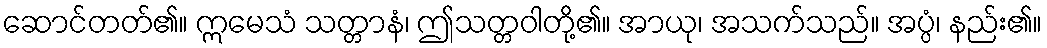
ဆောင်တတ်၏။ ဣမေသံ သတ္တာနံ၊ ဤသတ္တဝါတို့၏။ အာယု၊ အသက်သည်။ အပ္ပံ၊ နည်း၏။